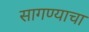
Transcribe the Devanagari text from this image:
सागण्याचा